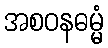
အစဝနဓမ္မံ